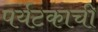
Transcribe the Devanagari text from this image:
पर्यटकाची